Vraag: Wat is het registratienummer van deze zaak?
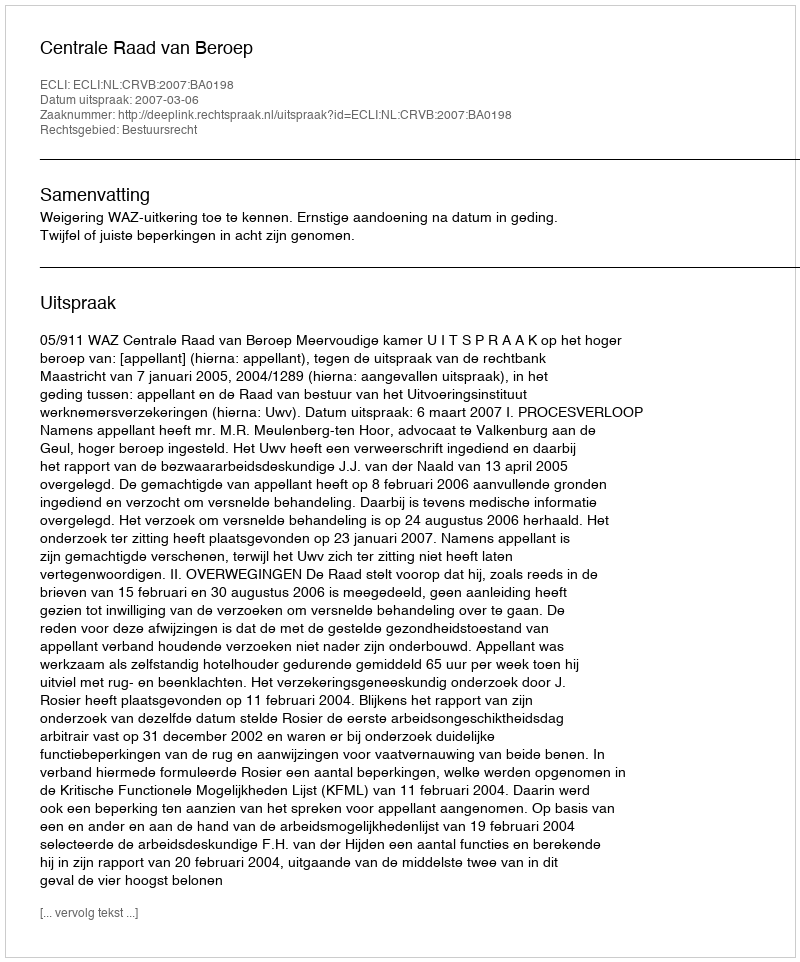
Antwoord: http://deeplink.rechtspraak.nl/uitspraak?id=ECLI:NL:CRVB:2007:BA0198